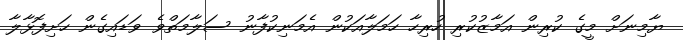
ޔާމިނަށް މީގެ ކުރިން އަމާޒުކުރި ހުރިހާ ހަމަލާއަކުން އެމަނިކުފާނު ސަލާމަތްވެ ވަޑައިގެން ހަށިފޮޅާލާ